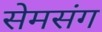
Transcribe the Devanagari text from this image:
सेमसंग